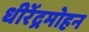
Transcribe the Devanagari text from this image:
धीरेंद्रमोहन